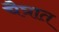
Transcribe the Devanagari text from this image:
चैत्रात